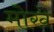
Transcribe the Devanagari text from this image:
मोखे